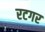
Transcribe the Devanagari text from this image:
रटगर